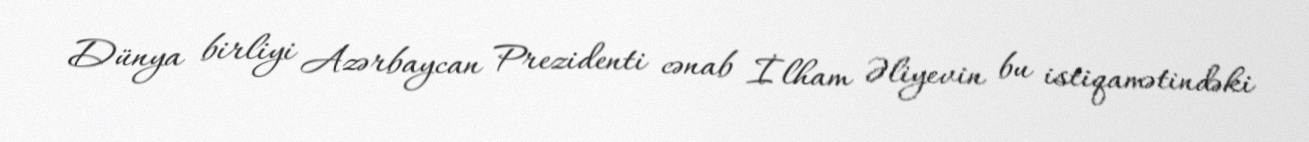
Dünya birliyi Azərbaycan Prezidenti cənab İlham Əliyevin bu istiqamətindəki